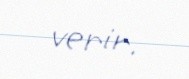
verir.